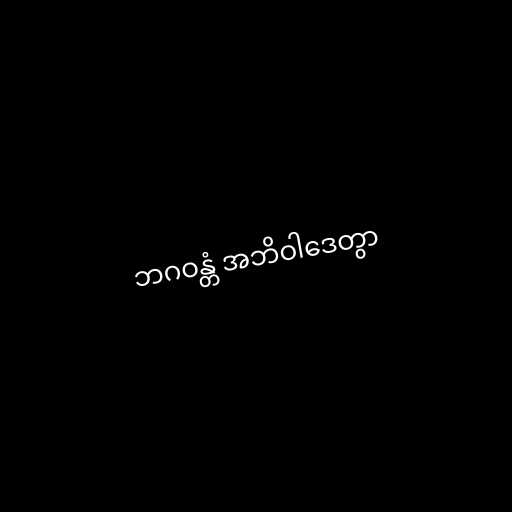
ဘဂဝန္တံ အဘိဝါဒေတွာ